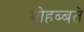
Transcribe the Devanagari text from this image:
मोहब्बते